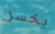
يخسر